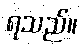
ရသည်။